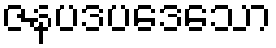
ဇနပဒပဒေသော